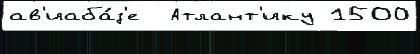
ав'иаба́з'е  Атлант'ику 1500